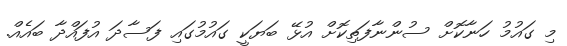
މި ގައުމު ހަނާކޮށް ސުންނާފަތިކޮށް އުޅޭ ބަޔަކީ ގައުމުގައި ފަސާދަ އުފައްދާ ބައެއް.